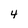
Character: 4